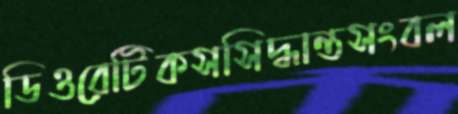
ডিওরেটিকসসিদ্ধান্তসংবল